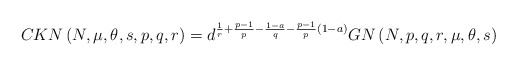
\begin{align*}CKN\left( N,\mu,\theta,s,p,q,r\right) =d^{\frac{1}{r}+\frac{p-1}{p}-\frac{1-a}{q}-\frac{p-1}{p}\left( 1-a\right) }GN\left( N,p,q,r,\mu,\theta,s\right)\end{align*}